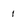
Character: 1